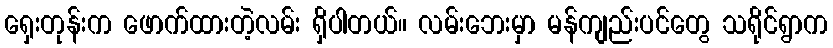
ရှေးတုန်းက ဖောက်ထားတဲ့လမ်း ရှိပါတယ်။ လမ်းဘေးမှာ မန်ကျည်းပင်တွေ သရိုင်ရွာက